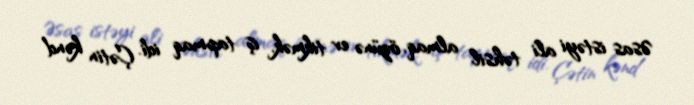
Əsas istəyi ali təhsil almaq, özünə ev tikmək, iş tapmaq idi. Çətin kənd